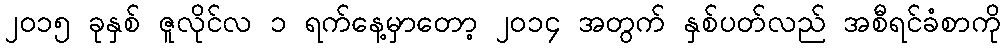
၂၀၁၅ ခုနှစ် ဇူလိုင်လ ၁ ရက်နေ့မှာတော့ ၂၀၁၄ အတွက် နှစ်ပတ်လည် အစီရင်ခံစာကို